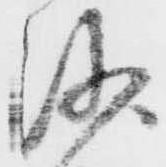
沙